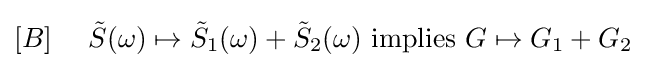
[B]\ \ \ \ {\tilde {S}}(\omega )\mapsto {\tilde {S}}_{1}(\omega )+{\tilde {S}}_{2}(\omega ){\text{ implies }}G\mapsto G_{1}+G_{2}